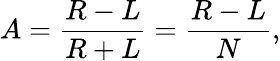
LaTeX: A=\frac{R-L}{R+L}=\frac{R-L}{N},